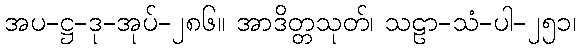
အပ-ဋ္ဌ-ဒု-အုပ်-၂၈၆။ အာဒိတ္တသုတ်၊ သဠာ-သံ-ပါ-၂၅၁၊